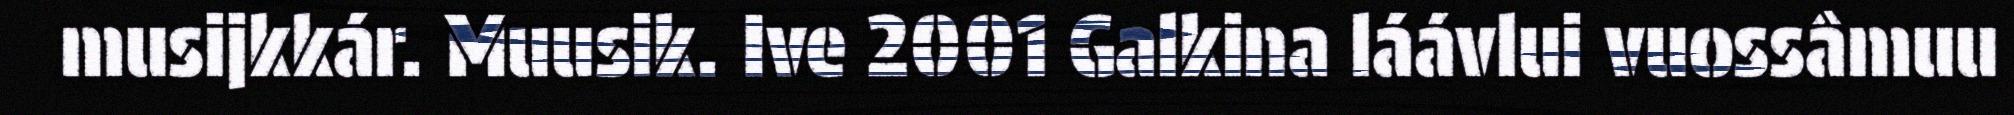
musijkkár. Muusik. Ive 2001 Galkina láávlui vuossâmuu